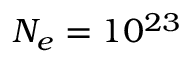
N _ { e } = 1 0 ^ { 2 3 }